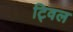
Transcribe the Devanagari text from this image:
ट्विल